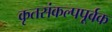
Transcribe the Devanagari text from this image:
कृतसंकल्पपूर्वक